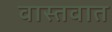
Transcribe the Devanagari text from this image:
वास्‍तवात